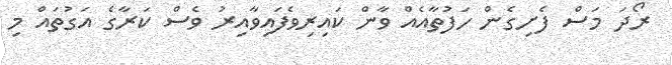
ރޯދަ މަސް ފެށިގެން ހަފުތާއެއް ވާން ކައިރިވެފައިވާއިރު ވެސް ކަރާގެ އަގުތައް މި